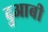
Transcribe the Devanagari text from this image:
दुआबी